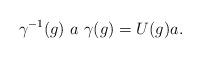
LaTeX: \begin{align*}\gamma^{-1}(g)~ a ~\gamma(g) = U(g) a .\end{align*}